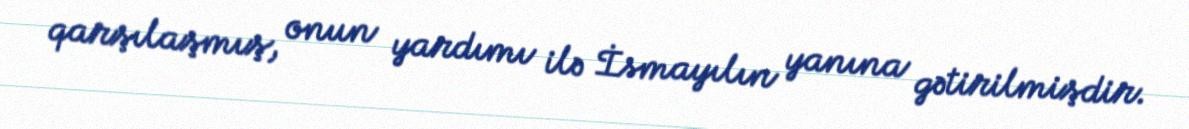
qarşılaşmış, onun yardımı ilə İsmayılın yanına gətirilmişdir.